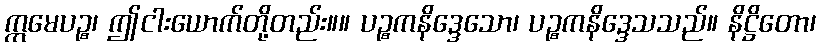
ဣမေပဉ္စ၊ ဤငါးယောက်တို့တည်း။။ ပဉ္စကနိဒ္ဒေသော၊ ပဉ္စကနိဒ္ဒေသသည်။ နိဋ္ဌိတော၊